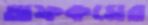
অফকমের